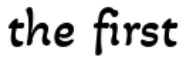
the first